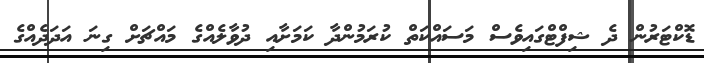
ޑޮކްޓަރުން ދެ ޝިފްޓްގައިވެސް މަސައްކަތް ކުރަމުންދާ ކަމަށާއި ދުވާލެއްގެ މައްޗަށް ގިނަ އަދަދެއްގެ